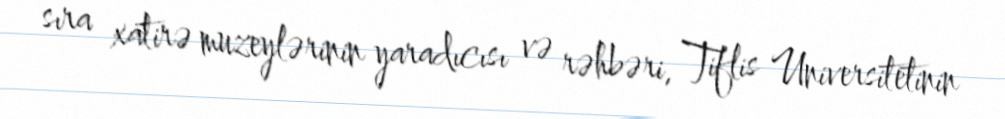
sıra xatirə muzeylərinin yaradıcısı və rəhbəri, Tiflis Universitetinin